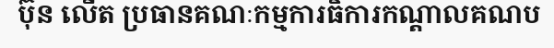
ប៊ុន លើត ប្រធានគណៈកម្មការធិការកណ្តាលគណប